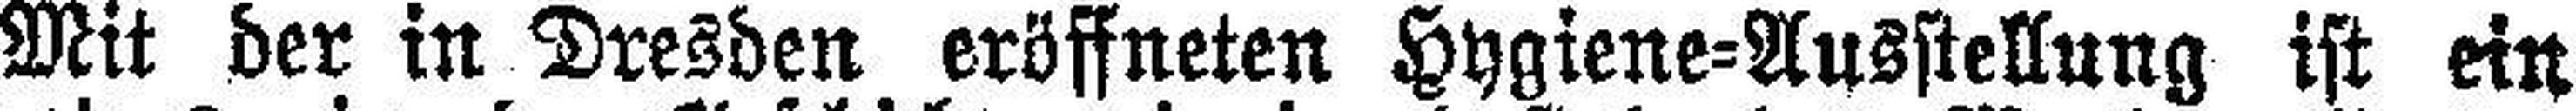
Mit der in Dresden eröffneten Hygiene=Ausstellung ist ein